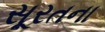
સૂરતના